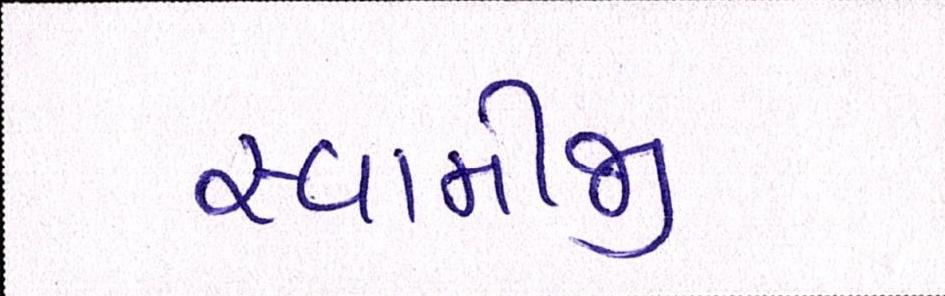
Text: સ્વામીજી